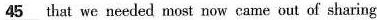
\underline{45}that we needed most now came out of sharing